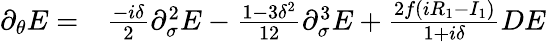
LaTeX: \begin{array}{rl}{\partial_{\theta}E=}&{{}\frac{-i\delta}{2}\partial_{\sigma}^{2}E-\frac{1-3\delta^{2}}{12}\partial_{\sigma}^{3}E+\frac{2f(iR_{1}-I_{1})}{1+i\delta}DE}\end{array}